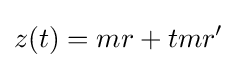
z(t)=mr+tmr'\